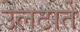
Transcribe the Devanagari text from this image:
उलटाते